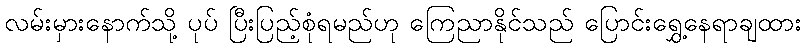
လမ်းမှားနောက်သို့ ပုပ် ပြီးပြည့်စုံရမည်ဟု ကြေညာနိုင်သည် ပြောင်းရွှေ့နေရာချထား